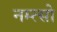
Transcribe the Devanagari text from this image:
नम्त्सो